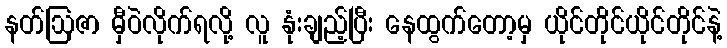
နတ်ဩဇာ မှီဝဲလိုက်ရလို့ လူ နုံးချည့်ပြီး နေထွက်တော့မှ ယိုင်တိုင်ယိုင်တိုင်နဲ့